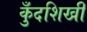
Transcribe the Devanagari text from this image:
कुँदशिखी